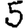
Digit: 5